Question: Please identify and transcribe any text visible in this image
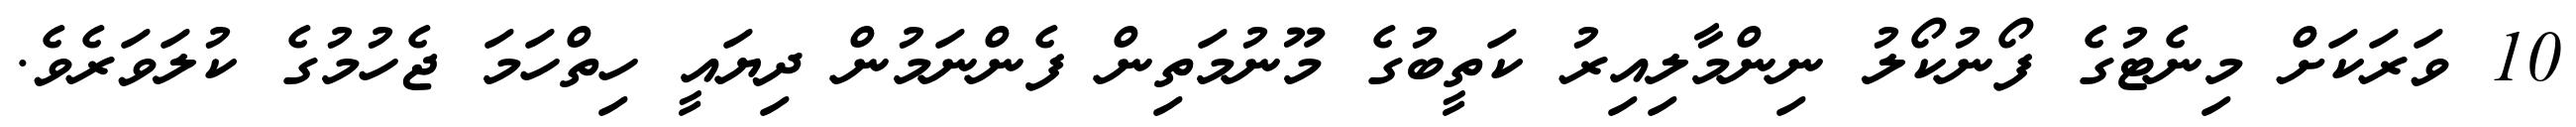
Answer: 10 ވަރަކަށް މިނެޓުގެ ފޯނުކޯލު ނިންމާލިއިރު ކަތީބުގެ މޫނުމަތިން ފެންނަމުން ދިޔައީ ހިތްހަމަ ޖެހުމުގެ ކުލަވަރެވެ.